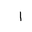
Letter: _alif